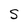
Character: S